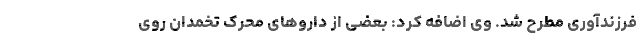
فرزندآوری مطرح شد. وی اضافه کرد: بعضی از داروهای محرک تخمدان روی